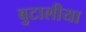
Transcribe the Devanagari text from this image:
बुटालीया